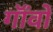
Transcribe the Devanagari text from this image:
गॉंवों